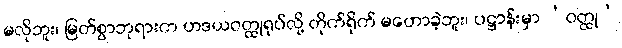
မလိုဘူး၊ မြတ်စွာဘုရားက ဟဒယဝတ္ထုရုပ်လို့ တိုက်ရိုက် မဟောခဲ့ဘူး၊ ပဋ္ဌာန်းမှာ ‘ဝတ္ထု’